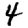
Digit: 4